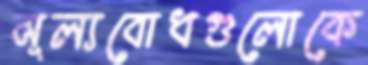
মূল্যবোধগুলোকে